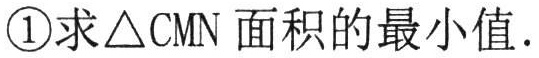
\textcircled{1}求\(\triangle CMN\)面积的最小值．